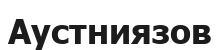
Аустниязов